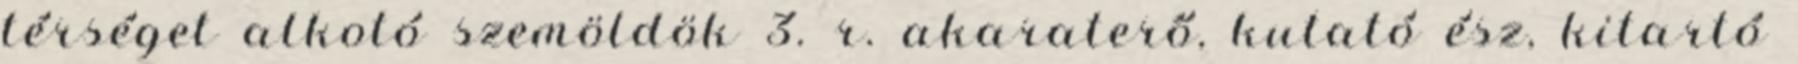
térséget alkotó szemöldök 3. r. akaraterő, kutató ész, kitartó